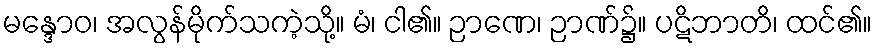
မန္ဒောဝ၊ အလွန်မိုက်သကဲ့သို့။ မံ၊ ငါ၏။ ဉာဏေ၊ ဉာဏ်၌။ ပဋိဘာတိ၊ ထင်၏။